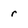
Character: r